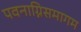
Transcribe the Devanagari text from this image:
पवनाग्निसमागम